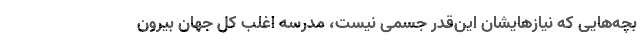
بچه‌هایی که نیازهایشان این‌قدر جسمی نیست، مدرسه اغلب کلِ جهان بیرون